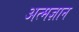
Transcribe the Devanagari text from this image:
अत्मज्ञान